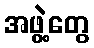
အဖွဲ့တွေ